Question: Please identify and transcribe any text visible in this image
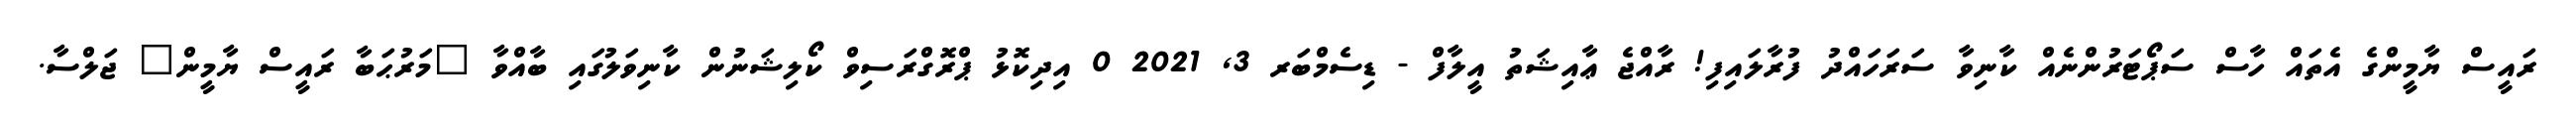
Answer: ރައީސް ޔާމީންގެ އެތައް ހާސް ސަޕޯޓަރުންނެއް ކާނިވާ ސަރަހައްދު ފުރާލައިފި! ރާއްޖެ ޢާއިޝަތު އީލާފް - ޑިސެމްބަރ 3, 2021 0 އިދިކޮޅު ޕްރޮގްރަސިވް ކޯލިޝަނުން ކާނިވަލުގައި ބާއްވާ "މަރުޙަބާ ރައީސް ޔާމީން" ޖަލްސާ.